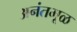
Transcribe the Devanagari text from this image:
अनंतमूळ